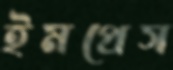
ইমপ্রেস